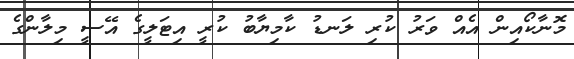
މޮނާކޯއިން އެއް ވަރު ކުރި ލަނޑު ކާމިޔާބު ކުރީ އިޓަލީގެ އޭސީ މިލާންގެ